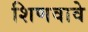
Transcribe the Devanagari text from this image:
शिणवावे